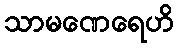
သာမဏေရေဟိ